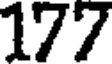
177